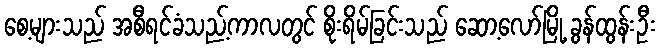
စေ့များသည် အစီရင်ခံသည့်ကာလတွင် စိုးရိမ်ခြင်းသည် ဆော့လော်မြို့ ခွန်ထွန်းဦး